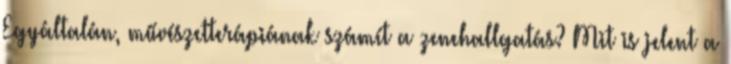
Egyáltalán, művészetterápiának számít a zenehallgatás? Mit is jelent a